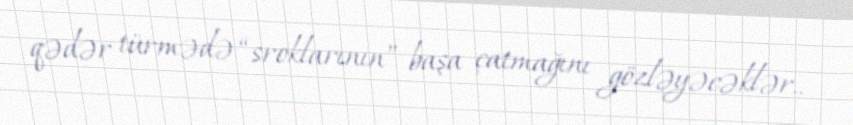
qədər türmədə “sroklarının” başa çatmağını gözləyəcəklər..